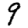
Digit: 9